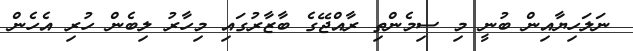
ނަލަހިޔާއިން ބުނީ މި ސިމެންތި ރާއްޖޭގެ ބާޒާރުގައި މިހާރު ލިބެން ހުރި އެހެން